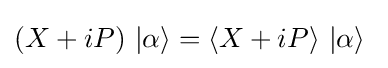
\left({X}+i{P}\right)\,\left|\alpha \right\rangle =\left\langle {X}+i{P}\right\rangle \,\left|\alpha \right\rangle ~